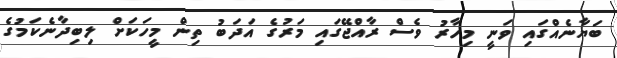
ބަޔާނެއްގައި ވަނީ މިހާރު ވެސް ރާއްޖޭގައި މަރުގެ އަދަބު ތިން މީހަކަށް ލިބިދާނެކަމުގެ